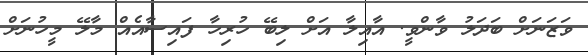
ވަޒަނަށް ބަދަލު ވާންވީ. އާއިލާ އަށް ލިބޭ ހުރިހާ ފައިސާއެއް މާލޭ މީހުނަށް